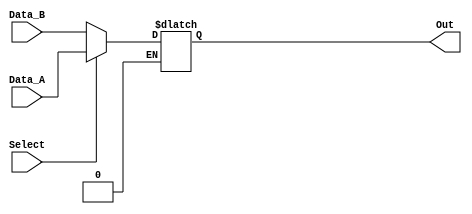
module MUX_4 #(parameter SIZE=32)
(
	input wire Select,
	input wire [SIZE-1:0]Data_B,
	input wire [SIZE-1:0]Data_A,
	output reg [SIZE-1:0] Out
);
always @(*)
	begin
		if(Select==1)
			Out<=Data_A;
		else if (Select==0)
			Out<=Data_B;
	end
endmodule